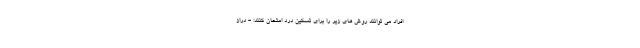
افراد می توانند روش های زیر را برای تسکین درد امتحان کنند: - دراز